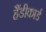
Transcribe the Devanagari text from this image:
हैंडीकार्ड